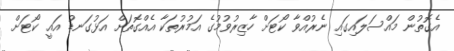
އެގޮތުން މައްސަލައިގައި ނެރުއްވާ ކޯޓަށް ހާޒިރުވުމުގެ އަމުރުތަކާ އެއްގޮތަށް އަޅުގަނޑު އައީ ކޯޓަށް